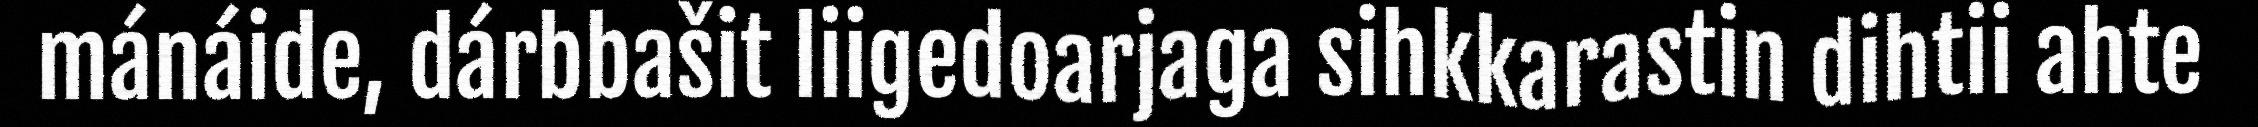
mánáide, dárbbašit liigedoarjaga sihkkarastin dihtii ahte